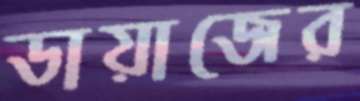
ডায়াজের